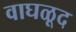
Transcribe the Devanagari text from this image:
वाघळूद